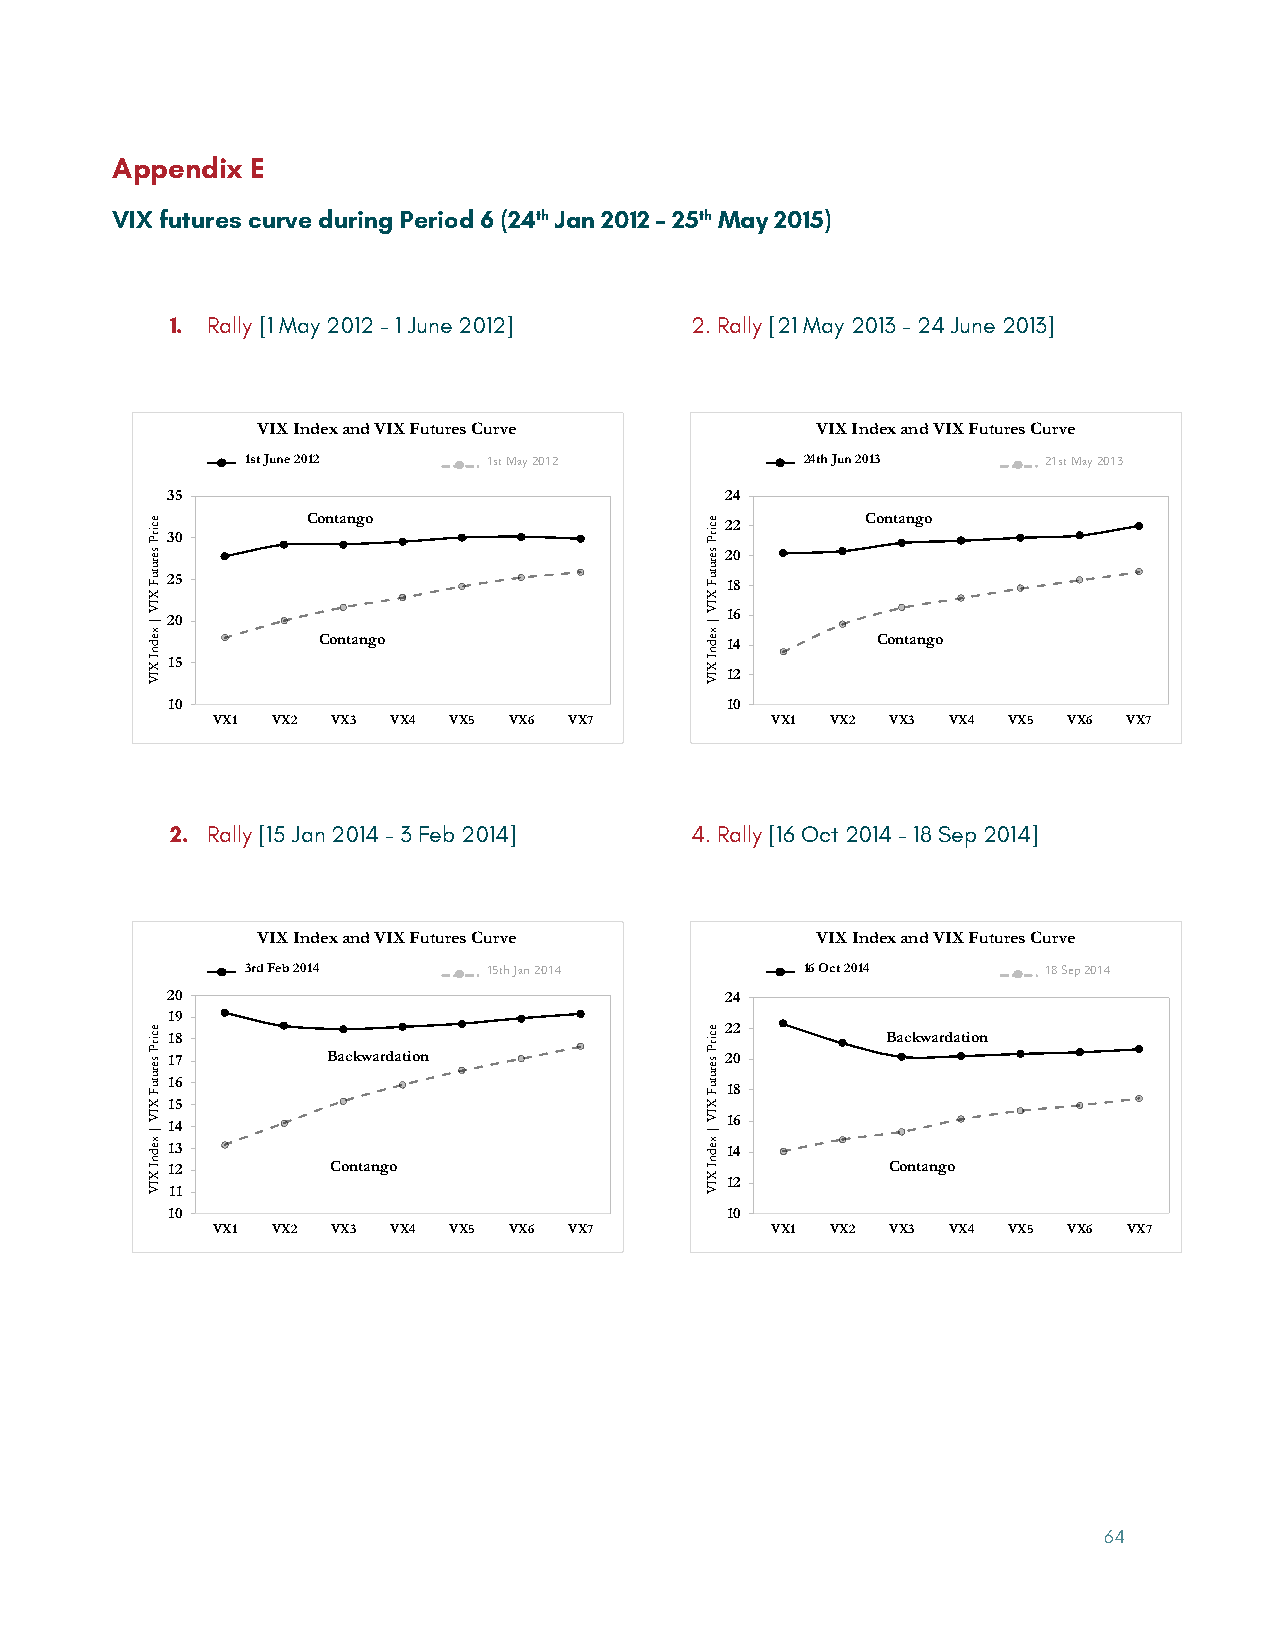
Appendix  E
 VIX futures curve during Period 6 (24th Jan 2012 – 25th May 2015)
 1. Rally [1 May 2012 – 1 June 2012] 2. Rally [21 May 2013 – 24 June 2013]
 VIX Index and VIX Futures Curve      VIX Index and VIX Futures Curve
 1st June 2012   1st May 2012         24th Jun 2013   21st May 2013
 35                                   24
 Contango                             Contango 22
 30
 20
 25                                   18
 20                                   16
 Contango                   14        Contango
 15
 12
 10                                   10
 VX1 VX2 VX3 VX4 VX5 VX6 VX7          VX1 VX2 VX3 VX4 VX5 VX6 VX7
 2. Rally [15 Jan 2014 – 3 Feb 2014] 4. Rally [16 Oct 2014 – 18 Sep 2014]
 VIX Index and VIX Futures Curve      VIX Index and VIX Futures Curve
 3rd Feb 2014    15th Jan 2014        16 Oct 2014     18 Sep 2014
 20                                   24
 19
 22
 18                                              Backwardation
 17         Backwardation             20
 16
 18
 15
 14                                   16
 13                                   14
 12         Contango                             Contango
 12
 11
 10                                   10
 VX1 VX2 VX3 VX4 VX5 VX6 VX7          VX1 VX2 VX3 VX4 VX5 VX6 VX7
 64
 ecirP
 serutuF
 XIV
 |
 xednI
 XIV
 ecirP
 serutuF
 XIV
 |
 xednI
 XIV
 ecirP
 serutuF
 XIV
 |
 xednI
 XIV
 ecirP
 serutuF
 XIV
 |
 xednI
 XIV